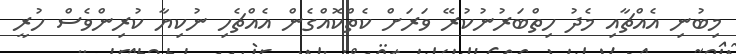
މިބުނި އެއްޗާއި މެދު ހިތްބަރުނުކުރޭ ވަރަށް ކެތްކޮއްގެން އެއްޗެހި ނުކިޔާ ކުރިންވެސް ހުރީ